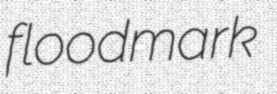
floodmark